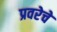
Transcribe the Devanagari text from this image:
प्रवरेचे